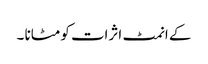
کے انمٹ اثرات کو مٹانا ۔